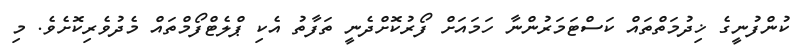
ކުންފުނީގެ ޚިދުމަތްތައް ކަސްޓަމަރުންނާ ހަމައަށް ފޯރުކޮށްދެނީ ތަފާތު އެކި ޕްލެޓްފޯމްތައް މެދުވެރިކޮށެވެ. މި